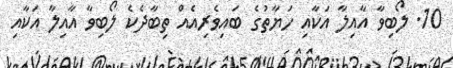
10. ލޯބިވާ އާއިލާ އަކާއި ހަޔާތުގެ ބައިވެރިއެއް ތިބާދެކެ ލޯބިވާ އާއިލާ އަކާއި